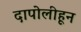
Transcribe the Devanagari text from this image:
दापोलीहून